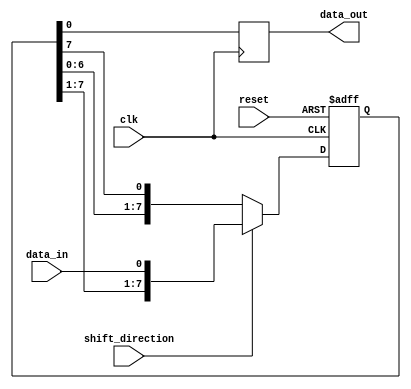
module siso_shift_register (
    input wire data_in,
    input wire clk,
    input wire reset,
    input wire shift_direction,
    output reg data_out
);

reg [7:0] shift_reg;

always @(posedge clk or posedge reset) begin
    if (reset) begin
        shift_reg <= 8'b00000000;
    end else begin
        if (shift_direction) begin // Right shift
            shift_reg <= {shift_reg[0], shift_reg[7:1], data_in};
        end else begin // Left shift
            shift_reg <= {data_in, shift_reg[6:0], shift_reg[7]};
        end
    end
end

always @(posedge clk) begin
    data_out <= shift_reg[0];
end

endmodule